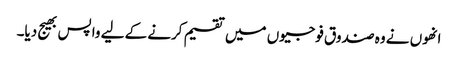
انھوں نے وہ صندوق فوجیوں میں تقسیم کرنے کے لیے واپس بھیج دیا۔